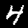
Digit: 4